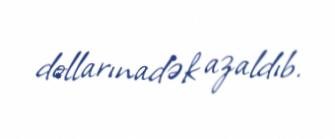
dollarınadək azaldıb.